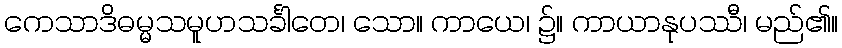
ကေသာဒိဓမ္မသမူဟသင်္ခါတေ၊ သော။ ကာယေ၊ ၌။ ကာယာနုပဿီ၊ မည်၏။